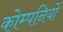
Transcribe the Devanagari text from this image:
कोम्पनियों